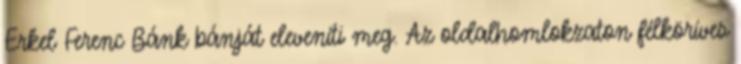
Erkel Ferenc Bánk bánját eleveníti meg. Az oldalhomlokzaton félköríves